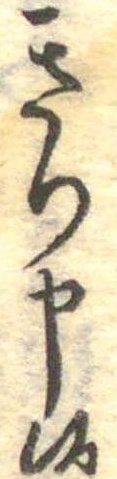
きり申候